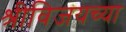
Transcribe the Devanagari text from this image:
श्रीविजयच्या